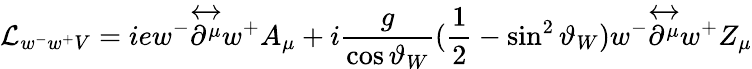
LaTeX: {\cal{L}}_{w^{-}w^{+}V}=iew^{-}{\overleftrightarrow{\partial^{\mu}}}w^{+}A_{\mu}+i\frac{g}{\cos\vartheta_{W}}(\frac{1}{2}-\sin^{2}\vartheta_{W})w^{-}{\overleftrightarrow{\partial^{\mu}}}w^{+}Z_{\mu}